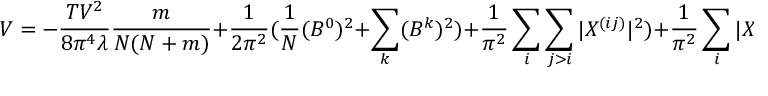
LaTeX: { \cal { V } } = - \frac { T V ^ { 2 } } { 8 \pi ^ { 4 } \lambda } \frac { m } { N ( N + m ) } + \frac { 1 } { 2 \pi ^ { 2 } } ( \frac { 1 } { N } ( B ^ { 0 } ) ^ { 2 } + \sum _ { k } ( B ^ { k } ) ^ { 2 } ) + \frac { 1 } { \pi ^ { 2 } } \sum _ { i } \sum _ { j > i } | X ^ { ( i j ) } | ^ { 2 } ) + \frac { 1 } { \pi ^ { 2 } } \sum _ { i } | X ^ { i } | ^ { 2 }